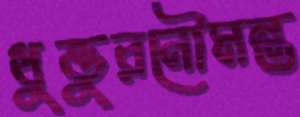
ধুত্তুরনৌমন্ত